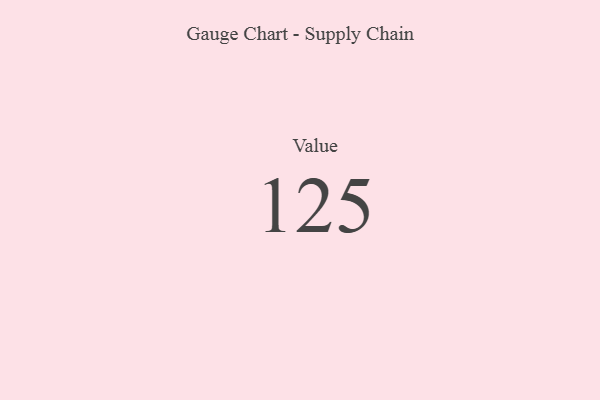
{"axis": {"x": "Metric", "y": "Value"}, "legend": [""], "data": [{"x": "Value", "y": 125, "type": ""}]}